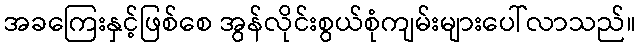
အခကြေးနှင့်ဖြစ်စေ အွန်လိုင်းစွယ်စုံကျမ်းများပေါ်လာသည်။